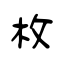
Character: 枚